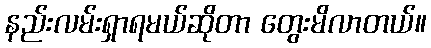
နည်းလမ်းရှာရမယ်ဆိုတာ တွေးမိလာတယ်။